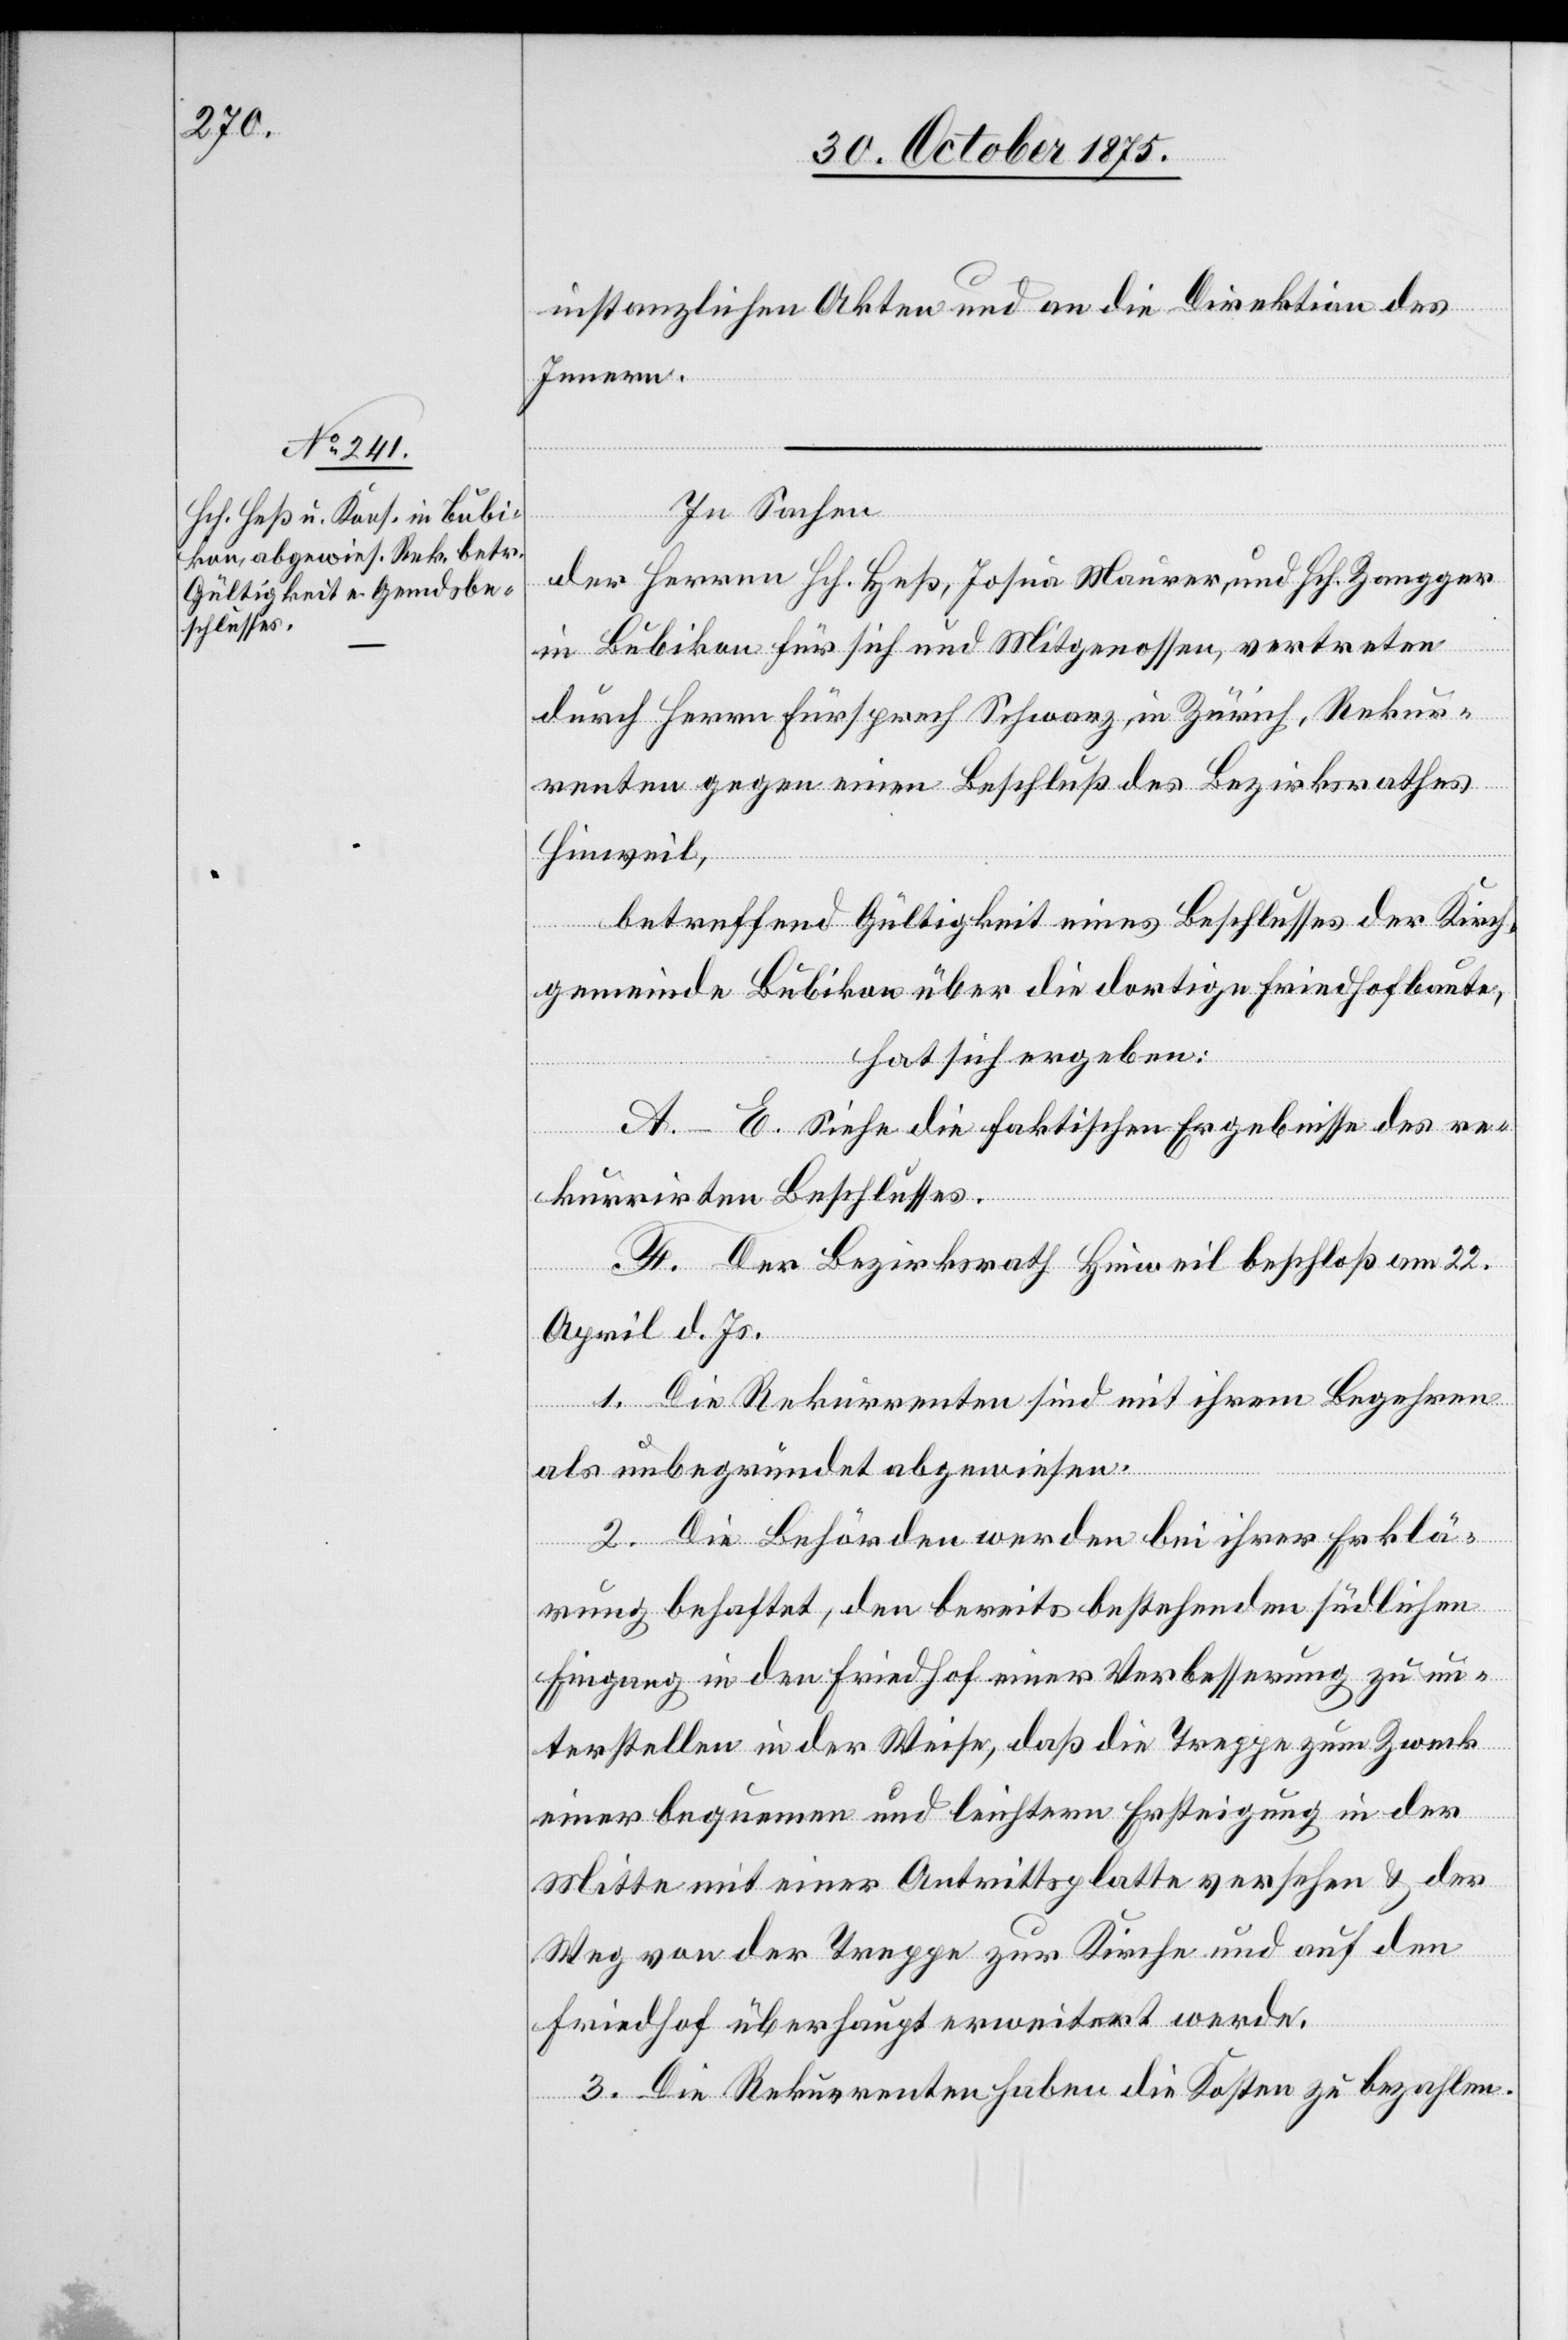
instanzlichen Akten und an die Direktion des
Innern.
In Sachen
der Herren Hch. Heß, Josua Maurer, und Hch. Zangger
in Bubikon für sich und Mitgenossen, vertreten
durch Herrn Fürsprech Schwarz, in Zürich, Rekur¬
renten gegen einen Beschluß des Bezirksrathes
Hinweil,
betreffend Gültigkeit eines Beschlusses der Kirch¬
gemeinde Bubikon über die dortige Friedhofbaute,
hat sich ergeben:
A–E. Siehe die faktischen Ergebnisse des re¬
kurrirten Beschlusses.
F. Der Bezirksrath Hinweil beschloß am 22.
April d. Js.
1. Die Rekurrenten sind mit ihrem Begehren
als unbegründet abgewiesen.
2. Die Behörden werden bei ihrer Erklä¬
rung behaftet, den bereits bestehenden südlichen
Eingang in den Friedhof einer Verbesserung zu un¬
terstellen in der Weise, daß die Treppe zum Zweck
einer bequemen und leichtern Ersteigung in der
Mitte mit einer Antrittsplatte versehen & der
Weg von der Treppe zur Kirche und auf den
Friedhof überhaupt erweitert werde.
3. Die Rekurrenten haben die Kosten zu bezahlen.